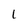
Character: 1